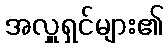
အလှူရှင်များ၏